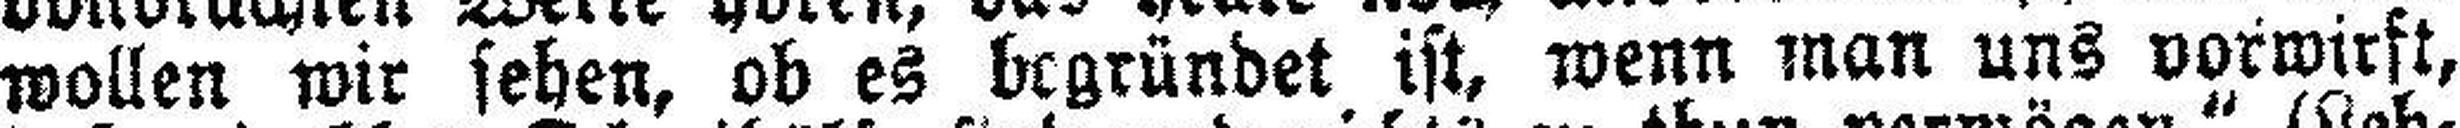
wollen wir sehen, ob es begründet ist, wenn man uns vorwirft,